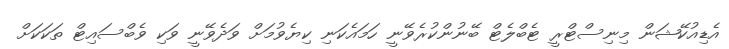
އެޑިއުކޭޝަން މިނިސްޓްރީ ޓެބްލެޓް ބޭނުންކުރެވޭނީ ހަމައެކަނި ކިޔެވުމަށް ވަދެވޭނީ ވަކި ވެބްސައިޓް ތަކަކަށް